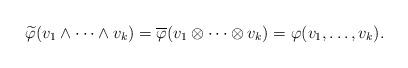
LaTeX: \begin{align*}\widetilde{\varphi}(v_1\wedge \cdots \wedge v_k)=\overline{\varphi}(v_1\otimes \cdots \otimes v_k)=\varphi(v_1,\dots, v_k).\end{align*}